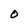
Character: O